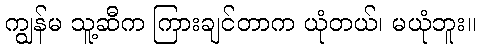
ကျွန်မ သူ့ဆီက ကြားချင်တာက ယုံတယ်၊ မယုံဘူး။